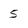
Character: 5